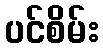
ပင်စိမ်း